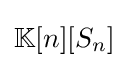
\mathbb {K} [n][S_{n}]